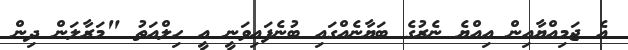
އެ ޖަމިއްޔާއިން އިއްޔެ ނެރުގެ ބަޔާނެއްގައި ބުނެފައިވަނީ އީ ހިލްއަތު "މަރާލަން ދިން